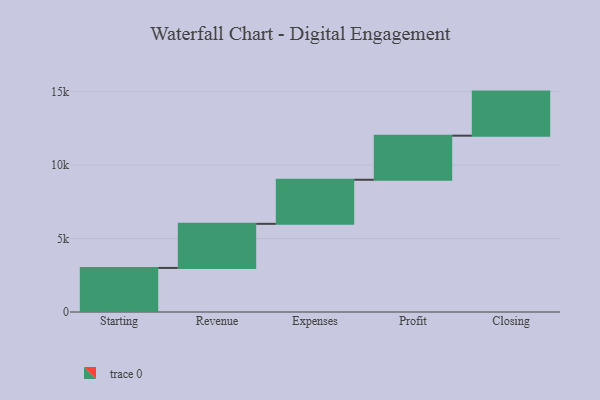
{"axis": {"x": "Step", "y": "Value"}, "legend": [""], "data": [{"x": "Starting", "y": 3000, "type": ""}, {"x": "Revenue", "y": 3000, "type": ""}, {"x": "Expenses", "y": 3000, "type": ""}, {"x": "Profit", "y": 3000, "type": ""}, {"x": "Closing", "y": 3000, "type": ""}]}